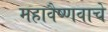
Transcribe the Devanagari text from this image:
महावैष्णवाचे